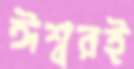
ঈশ্বরই